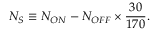
N _ { S } \equiv N _ { O N } - N _ { O F F } \times \frac { 3 0 } { 1 7 0 } .